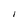
Character: I